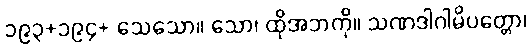
၁၉၃+၁၉၄+ သေသော။ သော၊ ထိုအဘကို။ သဏဒါဂါမိပတ္တော၊